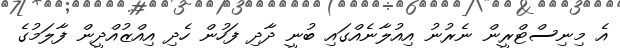
އެ މިނިސްޓްރީން ނެރުނު އިއުލާނެއްގައި ބުނީ ދާދި ފަހުން ހެދި އިއްޒުއްދީން ފާލަމުގެ